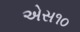
એસ૧૦